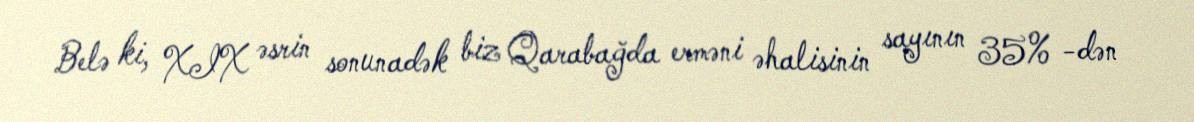
Belə ki, XIX əsrin sonunadək biz Qarabağda erməni əhalisinin sayının 35% -dən